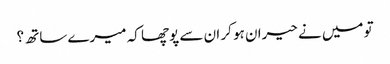
تو میں نے حیران ہو کر ان سے پوچھا کہ میرے ساتھ ؟